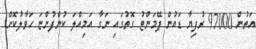
އަތުން 97000 ރުފިޔާ ޑައުން ޕޭމަންޓު ގޮތުގައި ނަގާ އަމިއްލަ ކުންފުންޏަ ހަވާލުކޮށް